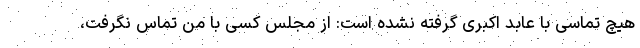
هیچ تماسی با عابد اکبری گرفته نشده است: از مجلس کسی با من تماس نگرفت،